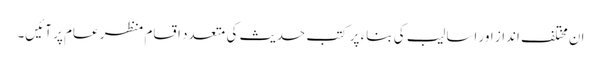
ان مختلف انداز اور اسالیب کی بناء پر کتب حدیث کی متعدد اقسام منظر عام پر آئیں۔